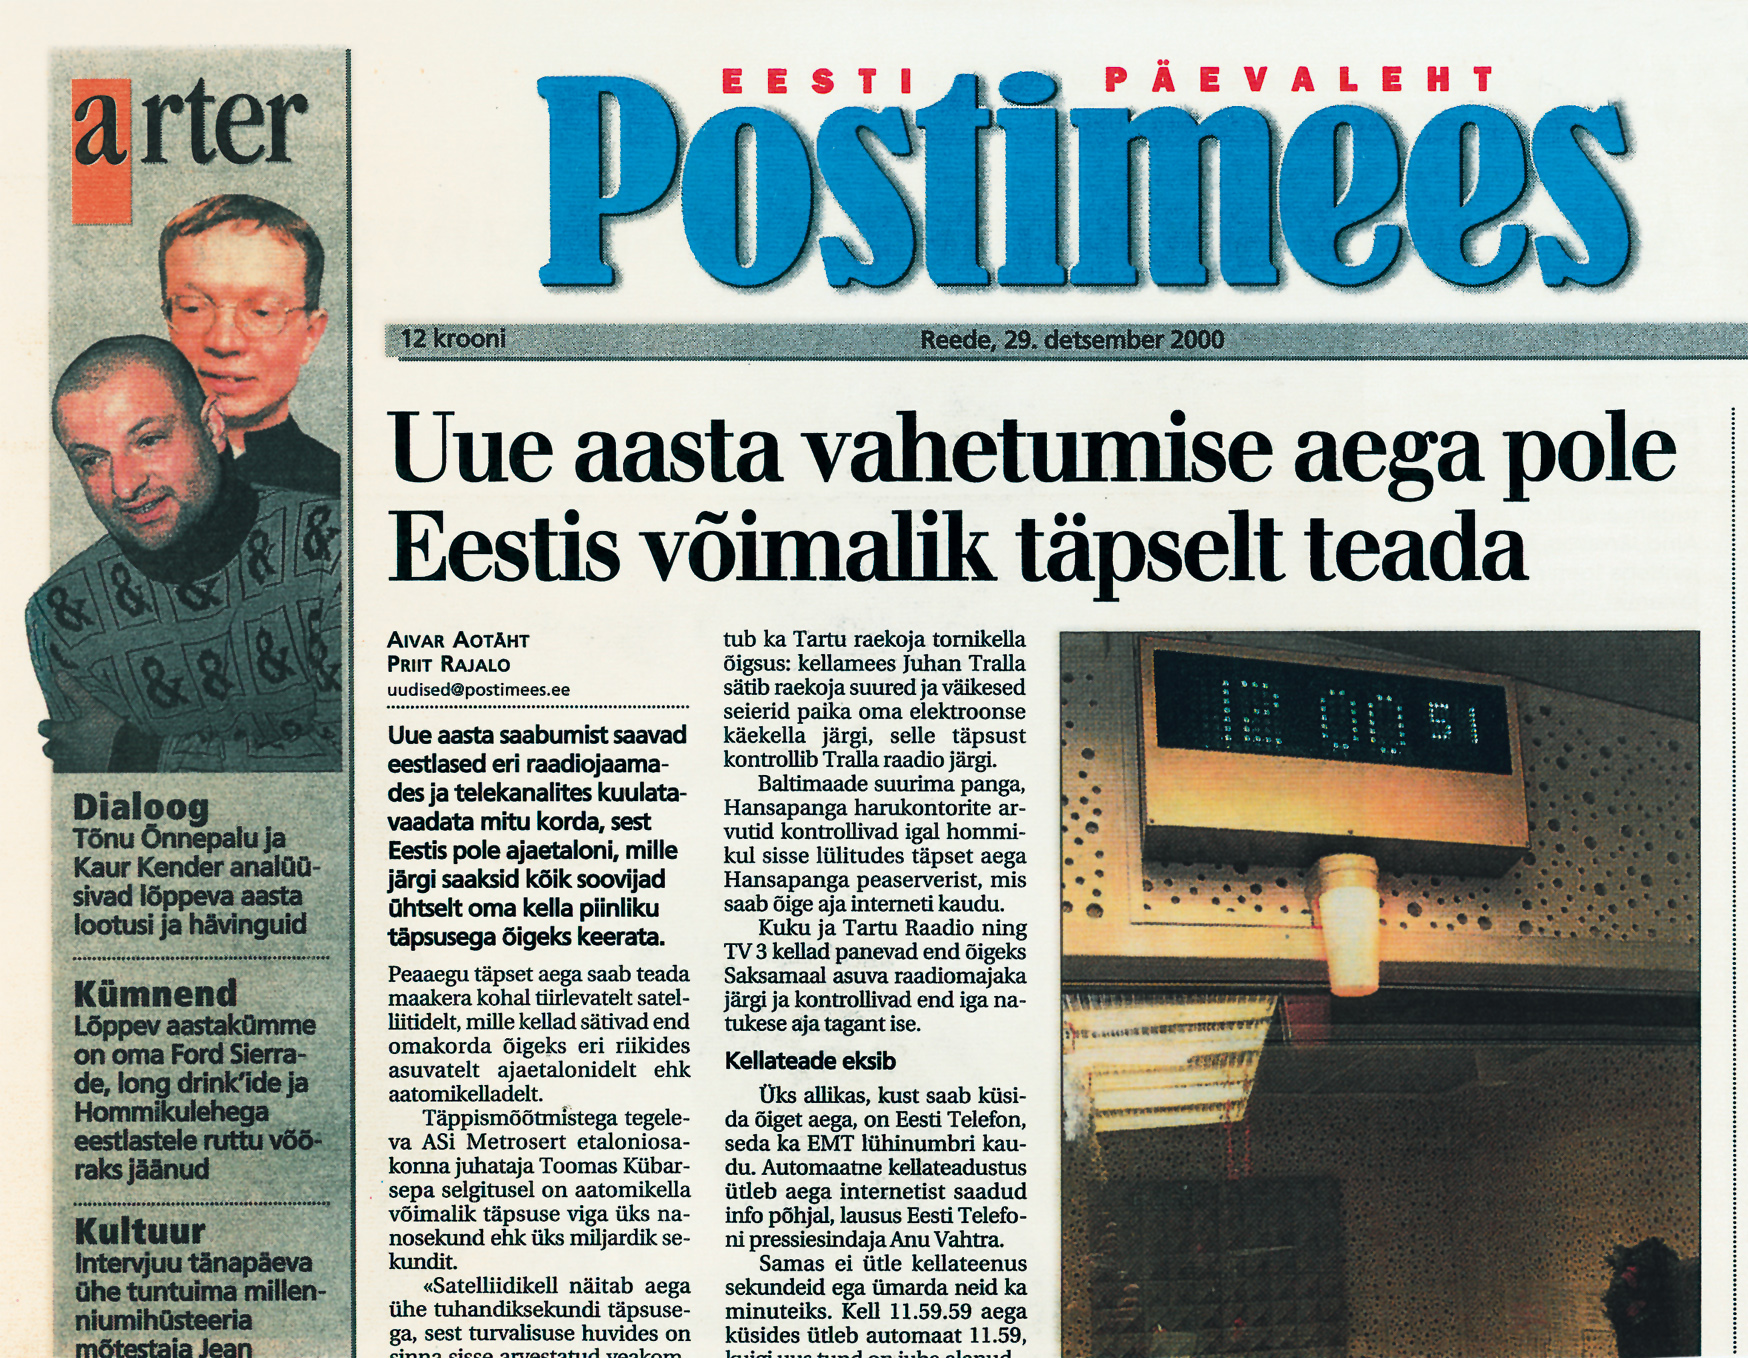
Language: et